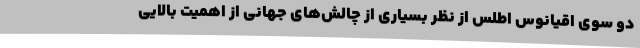
دو سوی اقیانوس اطلس از نظر بسیاری از چالش‌های جهانی از اهمیت بالایی